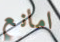
امانع